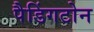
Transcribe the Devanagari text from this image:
पैडिंगटोन